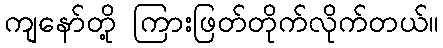
ကျနော်တို့ ကြားဖြတ်တိုက်လိုက်တယ်။